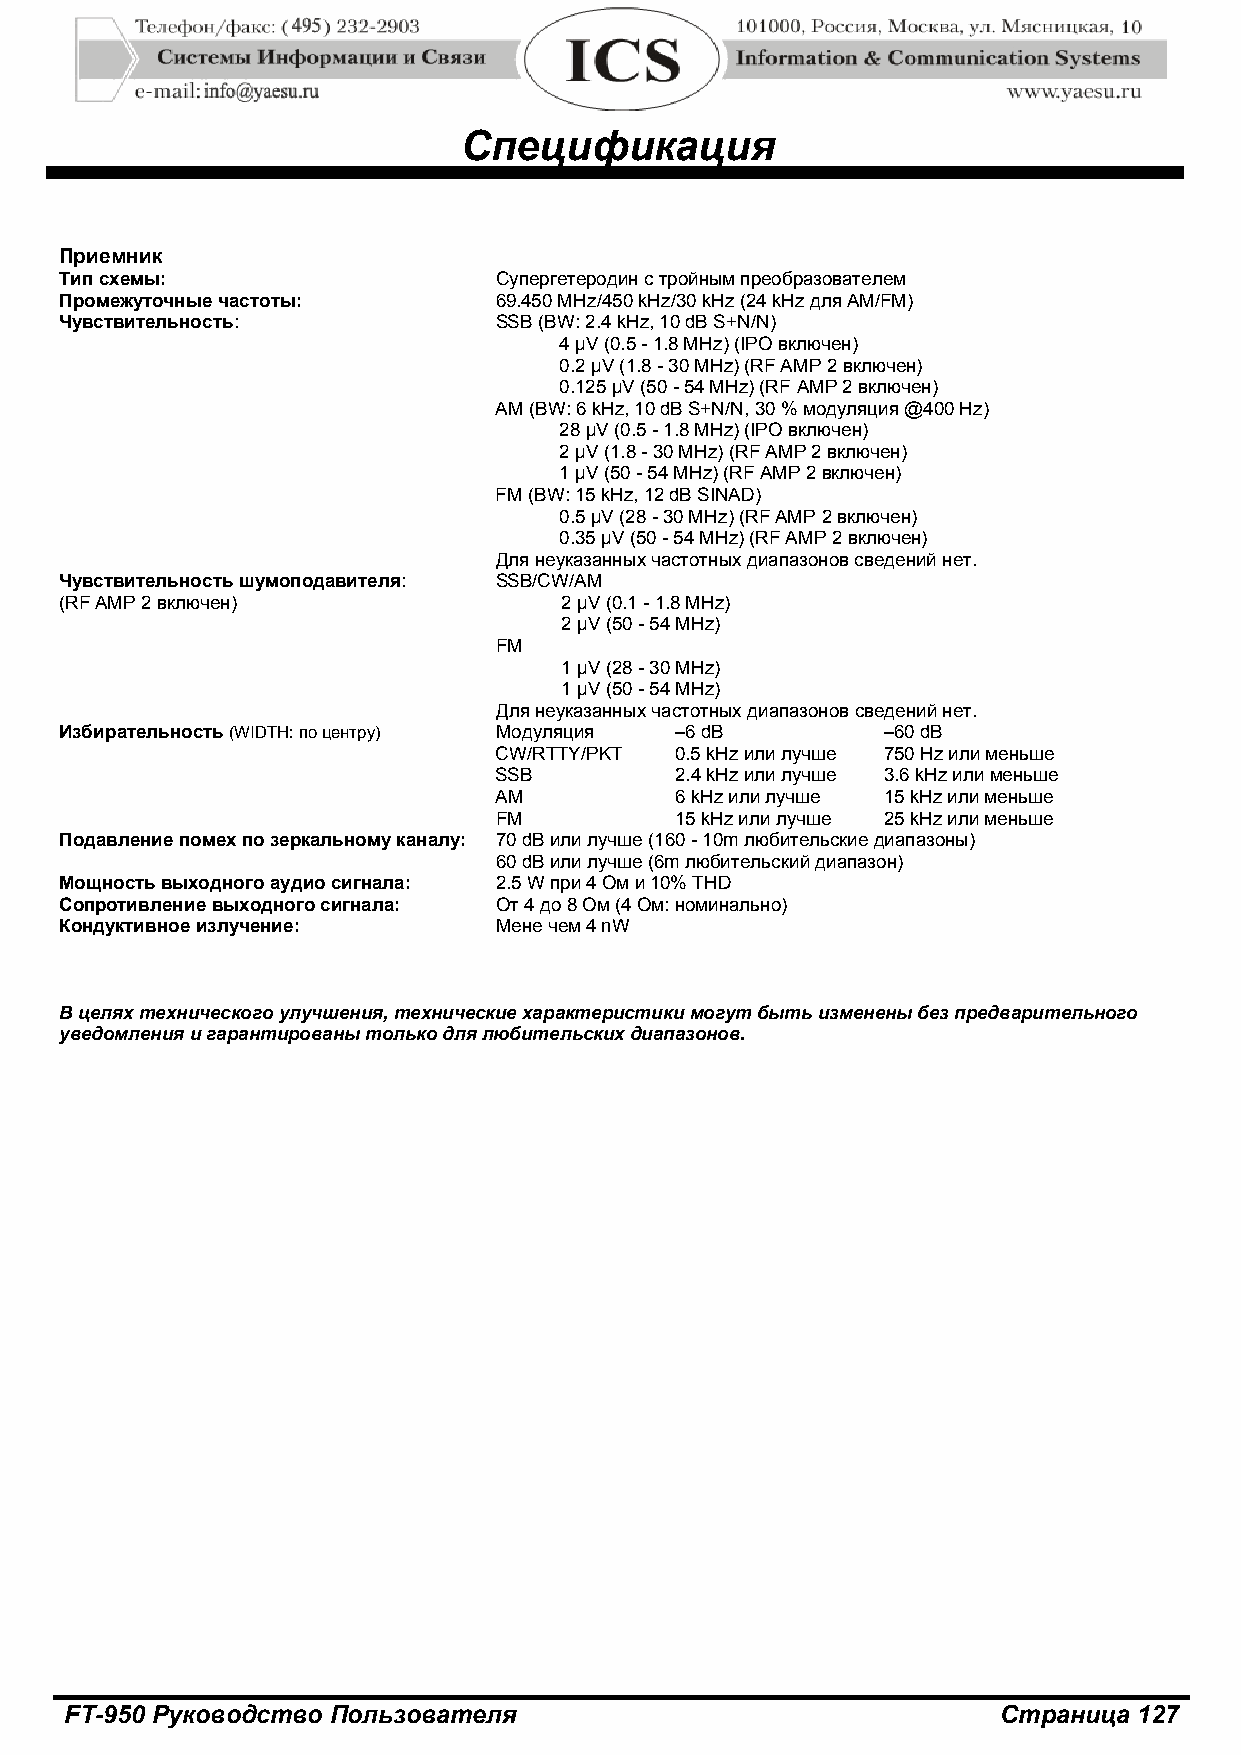
Спецификация
 Приемник
 Тип схемы:                   Супергетеродин с тройным преобразователем
 Промежуточные частоты:       69.450 MHz/450 kHz/30 kHz (24 kHz для AM/FM)
 Чувствительность:            SSB (BW: 2.4 kHz, 10 dB S+N/N)
 4 μV (0.5 - 1.8 MHz) (IPO включен)
 0.2 μV (1.8 - 30 MHz) (RF AMP 2 включен)
 0.125 μV (50 - 54 MHz) (RF AMP 2 включен)
 AM (BW: 6 kHz, 10 dB S+N/N, 30 % модуляция @400 Hz)
 28 μV (0.5 - 1.8 MHz) (IPO включен)
 2 μV (1.8 - 30 MHz) (RF AMP 2 включен)
 1 μV (50 - 54 MHz) (RF AMP 2 включен)
 FM (BW: 15 kHz, 12 dB SINAD)
 0.5 μV (28 - 30 MHz) (RF AMP 2 включен)
 0.35 μV (50 - 54 MHz) (RF AMP 2 включен)
 Для неуказанных частотных диапазонов сведений нет.
 Чувствительность шумоподавителя: SSB/CW/AM
 (RF AMP 2 включен)               2 μV (0.1 - 1.8 MHz)
 2 μV (50 - 54 MHz)
 FM
 1 μV (28 - 30 MHz)
 1 μV (50 - 54 MHz)
 Для неуказанных частотных диапазонов сведений нет.
 Избирательность (WIDTH: по центру) Модуляция –6 dB    –60 dB
 CW/RTTY/PKT 0.5 kHz или лучше 750 Hz или меньше
 SSB         2.4 kHz или лучше 3.6 kHz или меньше
 AM          6 kHz или лучше 15 kHz или меньше
 FM          15 kHz или лучше 25 kHz или меньше
 Подавление помех по зеркальному каналу: 70 dB или лучше (160 - 10m любительские диапазоны)
 60 dB или лучше (6m любительский диапазон)
 Мощность выходного аудио сигнала: 2.5 W при 4 Ом и 10% THD
 Сопротивление выходного сигнала: От 4 до 8 Ом (4 Ом: номинально)
 Кондуктивное излучение:      Мене чем 4 nW
 В целях технического улучшения, технические характеристики могут быть изменены без предварительного
 уведомления и гарантированы только для любительских диапазонов.
 FT-950 Руководство Пользователя                               Страница 127